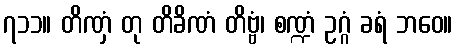
၇၁၁။ တိဏှံ တု တိခိဏံ တိဗ္ဗံ၊ စဏ္ဍံ ဥဂ္ဂံ ခရံ ဘဝေ။